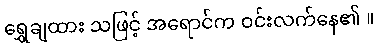
ရွှေချထား သဖြင့် အရောင်က ဝင်းလက်နေ၏ ။